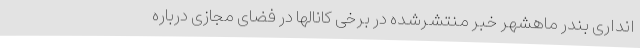
انداری بندر ماهشهر خبر منتشرشده در برخی کانالها در فضای مجازی درباره